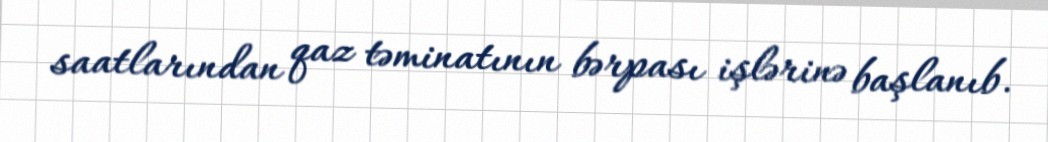
saatlarından qaz təminatının bərpası işlərinə başlanıb.